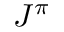
J ^ { \pi }